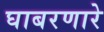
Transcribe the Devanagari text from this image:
घाबरणारे